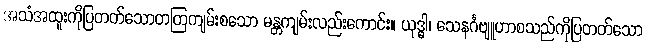
အသံအထူးကိုပြတတ်သောတတြကျမ်းစသော မန္တကျမ်းလည်းကောင်း။ ယုဒ္ဓါ၊ သေနင်္ဂဗျူဟာစသည်ကိုပြတတ်သော